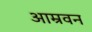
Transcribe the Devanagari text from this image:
आम्रवन